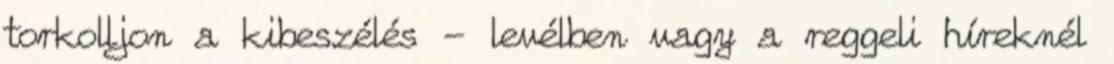
torkolljon a kibeszélés - levélben vagy a reggeli híreknél